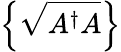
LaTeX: \left\{ {\sqrt{A^{\dagger}A}}\right\}